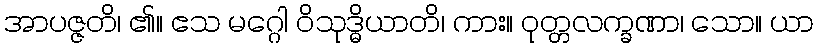
အာပဇ္ဇတိ၊ ၏။ ဧသ မဂ္ဂေါ ဝိသုဒ္ဓိယာတိ၊ ကား။ ဝုတ္တလက္ခဏာ၊ သော။ ယာ